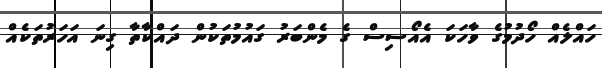
ހައްލެއް ހޯދުމުގެ ވާހަކަ އެއޯސިސް ގެ މެންބަރު ގައުމުތަކުން ދައްކާތާ ގިނަ އަހަރުތަކެއް